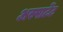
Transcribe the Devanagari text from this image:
अस्पार्टेट